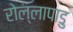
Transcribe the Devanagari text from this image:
रोल्लापाडु